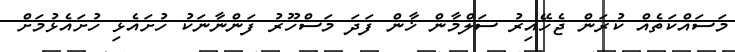
މަސައްކަތެއް ކުރަން ޖެހޭއިރު ސަލްމާން ޚާން ފަދަ މަސްހޫރު ފަންނާނަކު ހުށައެޅި ހުށައެޅުމަށް